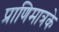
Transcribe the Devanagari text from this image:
प्राणिमात्रके